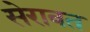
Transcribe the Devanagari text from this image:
सेरावत